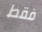
فقط